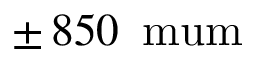
\pm \, 8 5 0 \, \mathrm { \ m u m }